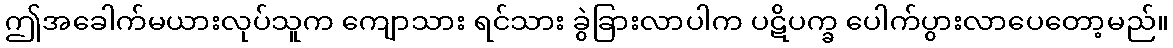
ဤအခေါက်မယားလုပ်သူက ကျောသား ရင်သား ခွဲခြားလာပါက ပဋိပက္ခ ပေါက်ပွားလာပေတော့မည်။